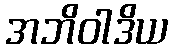
အဘိဝါဒိယ